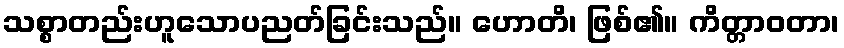
သစ္စာတည်းဟူသောပညတ်ခြင်းသည်။ ဟောတိ၊ ဖြစ်၏။ ကိတ္တာဝတာ၊